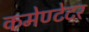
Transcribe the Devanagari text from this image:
कमेण्टेटर